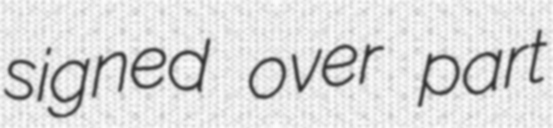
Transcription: signed over part